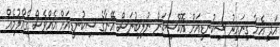
އަދި އެހާ ގިނައިރު ސިކުނޑިއަށް އޮކްސިޖަން ނުލިބުނަސް އޭނާގެ ސިކުނޑިއަށް އެއްވެސް ގެއްލުމެއް